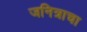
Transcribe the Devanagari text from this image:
जनित्राचा